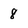
Character: 8